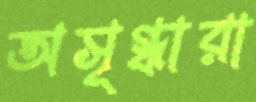
অসৃগ্ধারা